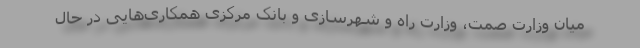
میان وزارت صمت، وزارت راه و شهرسازی و بانک مرکزی همکاری‌هایی در حال